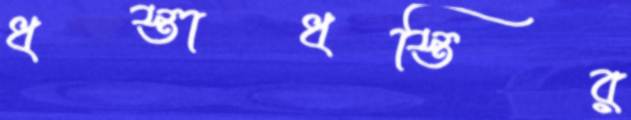
ধস্তাধস্তির